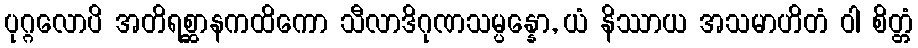
ပုဂ္ဂလောပိ အတိရစ္ဆာနကထိကော သီလာဒိဂုဏသမ္ပန္နော, ယံ နိဿာယ အသမာဟိတံ ဝါ စိတ္တံ